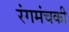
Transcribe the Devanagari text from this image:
रंगमंचकी